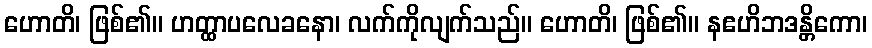
ဟောတိ၊ ဖြစ်၏။ ဟတ္ထာပလေခနော၊ လက်ကိုလျက်သည်။ ဟောတိ၊ ဖြစ်၏။ နဧဟိဘဒန္တိကော၊